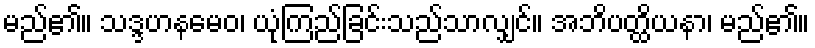
မည်၏။ သဒ္ဒဟနမေဝ၊ ယုံကြည်ခြင်းသည်သာလျှင်။ အဘိပတ္ထိယနာ၊ မည်၏။